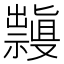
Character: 𱵳